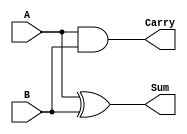
module half_adder (
    input wire A,      // First input bit
    input wire B,      // Second input bit
    output wire Sum,   // Sum output
    output wire Carry  // Carry output
);

// Logic for Sum and Carry
assign Sum = A ^ B;      // Sum is A XOR B
assign Carry = A & B;    // Carry is A AND B

endmodule